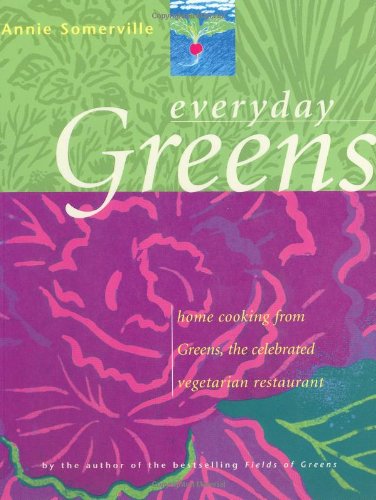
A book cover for Everyday Greens; Annie Somerville; Cookbooks, Food & Wine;